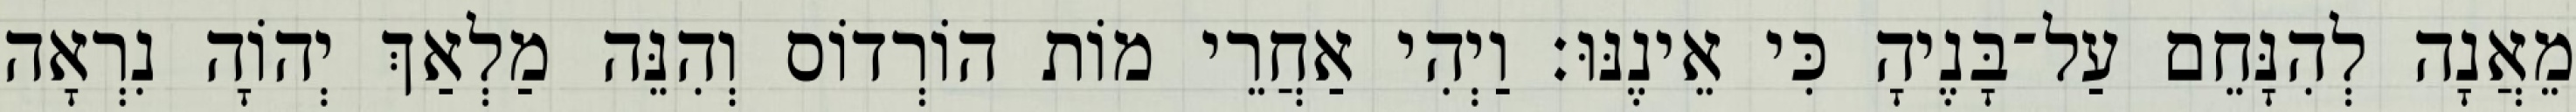
מֵאֲנָה לְהִנָּחֵם עַל־בָּנֶיהָ כִּי אֵינֶנּוּ׃ וַיְהִי אַחֲרֵי מוֹת הוֹרְדוֹס וְהִנֵּה מַלְאַךְ יְהוָֹה נִרְאָה